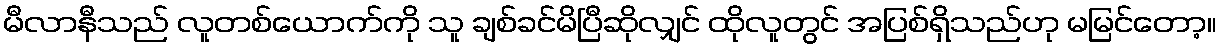
မီလာနီသည် လူတစ်ယောက်ကို သူ ချစ်ခင်မိပြီဆိုလျှင် ထိုလူတွင် အပြစ်ရှိသည်ဟု မမြင်တော့။